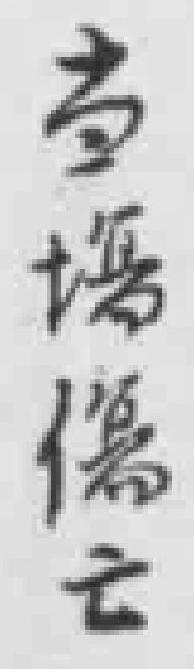
当場傷亡